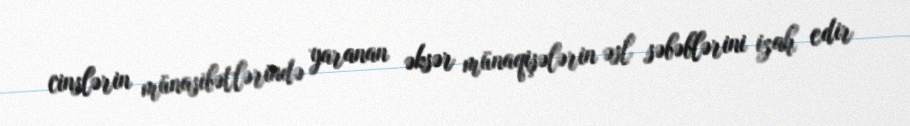
cinslərin münasibətlərində yaranan əksər münaqişələrin əsl səbəblərini izah edir